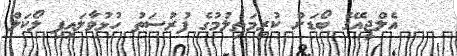
އެލްޖީއޭގެ ބޯޑަށް ކުރިމަތިލުމުގެ ފުރުސަތު ހުޅުވާލައިފި ލޯކަލް